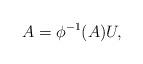
LaTeX: \begin{align*} A=\phi^{-1}(A)U,\end{align*}